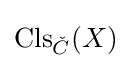
\mathrm {Cls} _{\check {C}}(X)